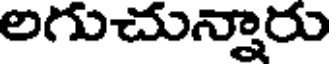
లగుచున్నారు